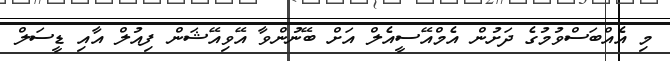
މި އެއްބަސްވުމުގެ ދަށުން އެމްއޭސީއެލް އަށް ބޭނުންވާ އޭވިއޭޝަން ފިއުލް އާއި ޑީސަލް